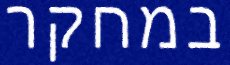
במחקר